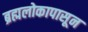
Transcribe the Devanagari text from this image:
ब्रह्मलोकापासून